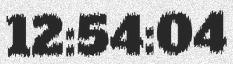
12:54:04